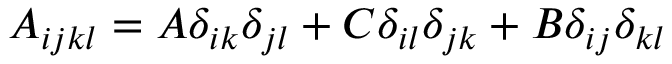
\begin{array} { r } { A _ { i j k l } = A \delta _ { i k } \delta _ { j l } + C \delta _ { i l } \delta _ { j k } + B \delta _ { i j } \delta _ { k l } } \end{array}